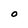
Character: O